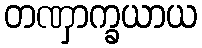
တဏှာက္ခယာယ